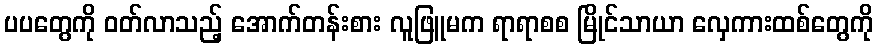
ပပတွေကို ဝတ်လာသည့် အောက်တန်းစား လူဖြူမက ရာရာစစ မြိုင်သာယာ လှေကားထစ်တွေကို